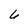
Character: 6